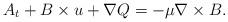
LaTeX: \begin{align*}A_t+B\times u+\nabla Q=-\mu\nabla \times B.\end{align*}